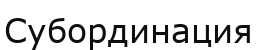
Субординация